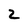
Character: 2